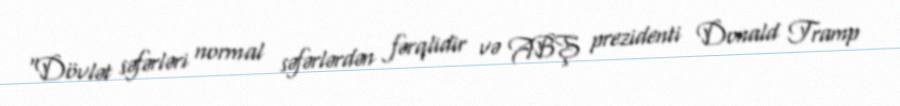
“Dövlət səfərləri normal səfərlərdən fərqlidir və ABŞ prezidenti Donald Tramp